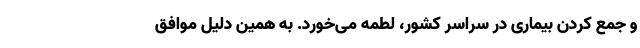
و جمع کردن بیماری در سراسر کشور، لطمه می‌خورد. به همین دلیل موافق